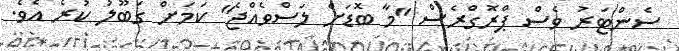
ސެންޓަރު ވެސް ޕްރޮގްރެސް "މާ ބޮޑަށް ލަސްވެއްޖެ" ކަމަށް ގަބޫލު ކުރެ އެވެ.